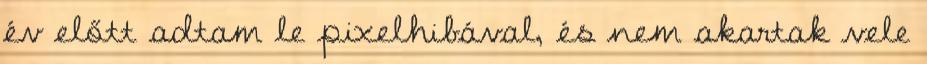
év előtt adtam le pixelhibával, és nem akartak vele